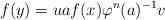
LaTeX: \begin{align*}f(y)=uaf(x)\varphi^n(a)^{-1}v\end{align*}